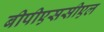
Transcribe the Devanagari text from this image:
बीपीएससीएल